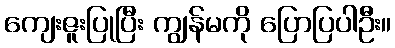
ကျေးဇူးပြုပြီး ကျွန်မကို ပြောပြပါဦး။